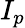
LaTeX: I_{p}